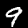
Label: 9